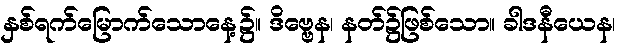
နှစ်ရက်မြောက်သောနေ့၌။ ဒိဗ္ဗေန၊ နတ်၌ဖြစ်သော။ ခါဒနီယေန၊